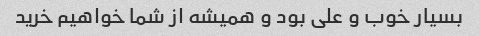
بسیار خوب و علی بود و همیشه از شما خواهیم خرید